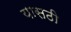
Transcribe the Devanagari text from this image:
यासठी